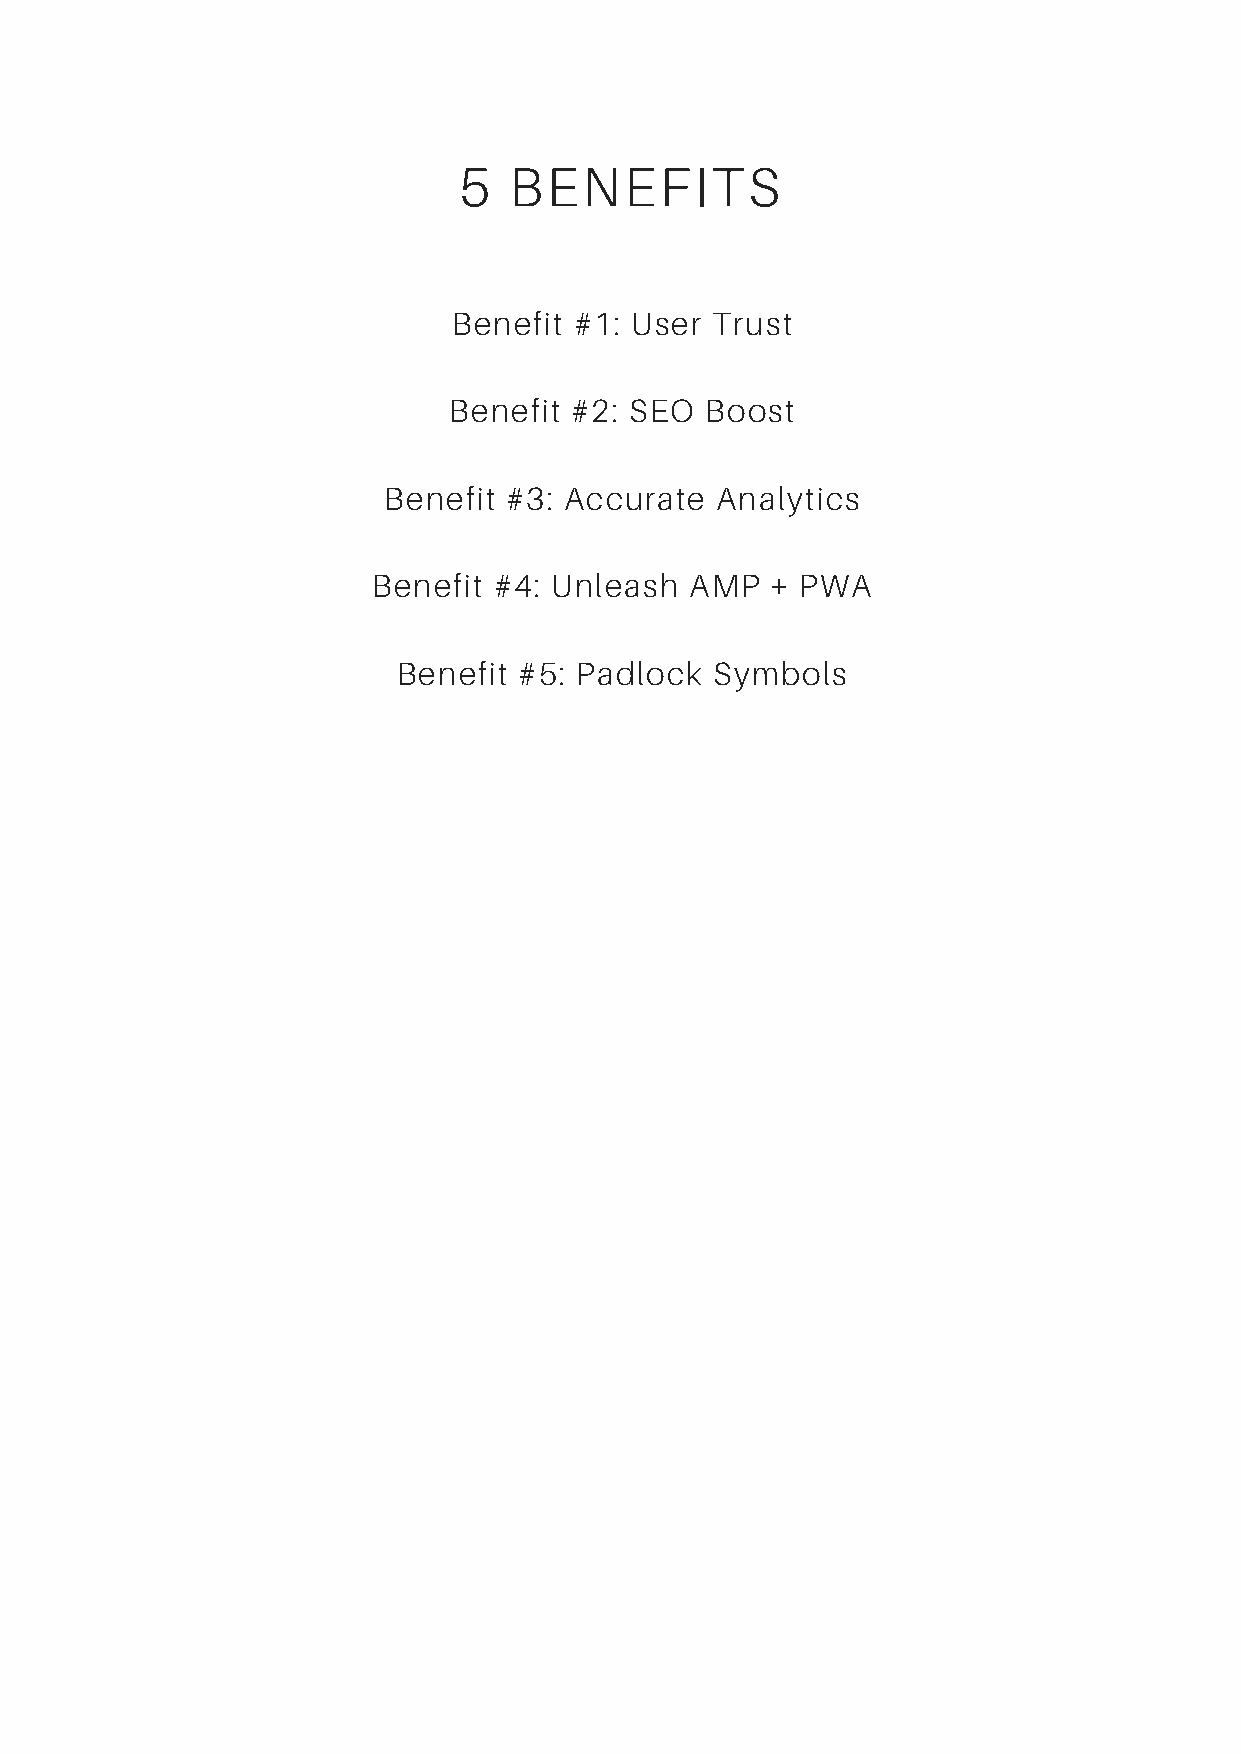
5   BENEFITS
 Benefit #1: User Trust
 Benefit #2: SEO  Boost
 Benefit #3: Accurate  Analytics
 Benefit #4: Unleash  AMP  + PWA
 Benefit #5: Padlock  Symbols